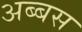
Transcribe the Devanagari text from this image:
अब्बस